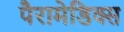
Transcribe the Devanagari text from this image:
पैरामेडिक्स